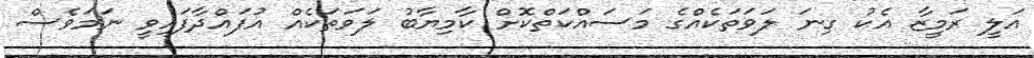
އަލީ ރަމީޒާ އެކު ގިނަ ލަވަތަކެއްގެ މަސައްކަތްކޮށް ކާމިޔާބު ލަވަތަކެއް އުފައްދާފައިވީ ނަމަވެސް